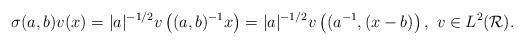
LaTeX: \begin{align*}\sigma(a,b)v(x)=|a|^{-1/2}v\left((a,b)^{-1}x\right)=|a|^{-1/2}v\left((a^{-1},(x-b)\right),\ v\in L^2(\mathcal{R}).\end{align*}